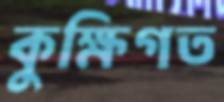
কুক্ষিগত